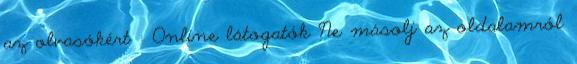
az olvasókért : Online látogatók Ne másolj az oldalamról